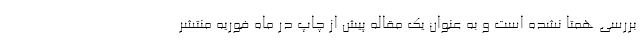
بررسی همتا نشده است و به عنوان یک مقاله پیش از چاپ در ماه فوریه منتشر